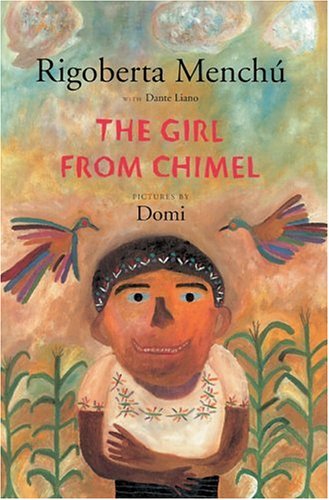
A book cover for The Girl from Chimel; Rigoberta MenchÃº; Children's Books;